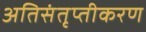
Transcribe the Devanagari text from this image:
अतिसंतृप्तीकरण